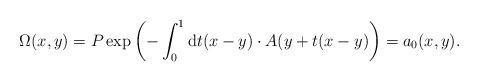
LaTeX: \begin{align*}\Omega (x,y)=P\exp \left( -\int_0^1{\rm d}t(x-y)\cdot A(y+t(x-y)\right)=a_0(x,y).\end{align*}